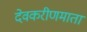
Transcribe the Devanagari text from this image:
देवकरीणमाता